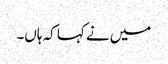
میں نے کہا کہ ہاں۔